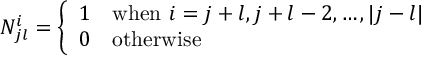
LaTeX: N _ { j l } ^ { i } = \left\{ \begin{array} { l l } { { 1 } } & { { \mathrm { w h e n } ~ i = j + l , j + l - 2 , \ldots , | j - l | } } \\ { { 0 } } & { { \mathrm { o t h e r w i s e } } } \end{array} \right.